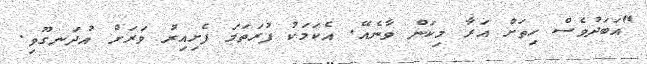
"އަބަދުވެސް ހިތަށް އަރާ މިކަން ވާނެއޭ. އެކަމަކު ފުރަތަމަ ފެށިއިރު ވަރަށް އުދަނގޫވި.